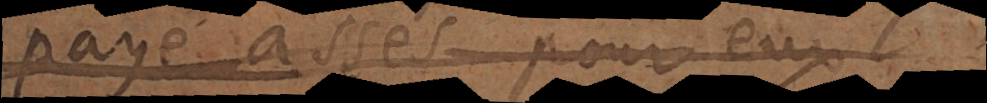
paye assés pour eux